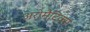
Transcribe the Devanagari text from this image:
अरोमैटिक्स